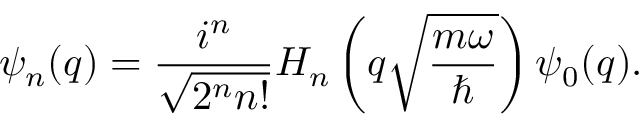
\psi _ { n } ( q ) = \frac { i ^ { n } } { \sqrt { 2 ^ { n } n ! } } H _ { n } \left( q \sqrt { \frac { m \omega } { \hbar } } \right) \psi _ { 0 } ( q ) .